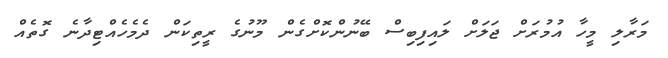
މަރާލި މީހާ އުމުރަށް ޖަލަށް ލައިފިބިސް ބޭނުންކޮށްގެން މޫނުގެ ރީތިކަން ދެމެހެއްޓިދާނެ ގޮތެއް